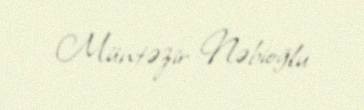
Müntəzir Nəbioğlu